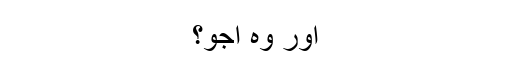
اور وہ اجُّو؟